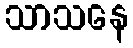
သာသနေ